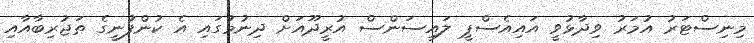
މިނިސްޓަރު އުމަރު ވިދާޅުވީ އައިއެސްޕީ ލައިސަންސް އުރީދޫއަށް ދިނުމުގައި އެ ކުންފުނީގެ ތަޖުރިބާއާއި